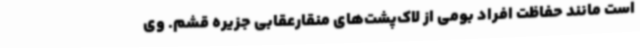
است مانند حفاظت افراد بومی از لاک‌پشت‌های منقارعقابی جزیره قشم. وی